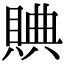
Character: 賟